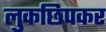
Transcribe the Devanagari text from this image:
लुकछिपकर